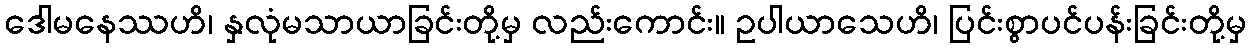
ဒေါမနေဿဟိ၊ နှလုံမသာယာခြင်းတို့မှ လည်းကောင်း။ ဥပါယာသေဟိ၊ ပြင်းစွာပင်ပန်းခြင်းတို့မှ